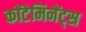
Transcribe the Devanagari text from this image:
कोंटेमिनेंट्स